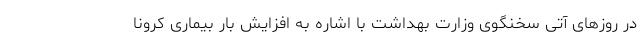
در روزهای آتی سخنگوی وزارت بهداشت با اشاره به افزایش بار بیماری کرونا